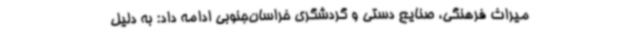
میراث فرهنگی، صنایع دستی و گردشگری خراسان‌جنوبی ادامه داد: به دلیل